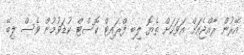
އޭރުން ރާއްޖެއަށް އަވަހަށް ތެޔޮ ލިބި ފްރައިޓް ކޮސްޓް ކުޑަވުމުން ވެސް ލިބޭ